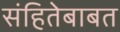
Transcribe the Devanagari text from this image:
संहितेबाबत